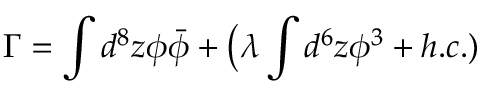
\Gamma = \int d ^ { 8 } z \phi \bar { \phi } + \big ( \lambda \int d ^ { 6 } z { \phi } ^ { 3 } + h . c . )